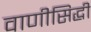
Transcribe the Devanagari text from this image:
वाणीसिद्धी